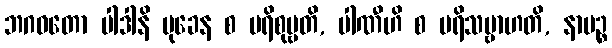
ဘဂဝတော ပါဒါနိ မုခေန စ ပရိစုမ္ဗတိ, ပါဏီဟိ စ ပရိသမ္ဗာဟတိ, နာမဉ္စ